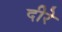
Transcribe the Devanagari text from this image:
दीरे